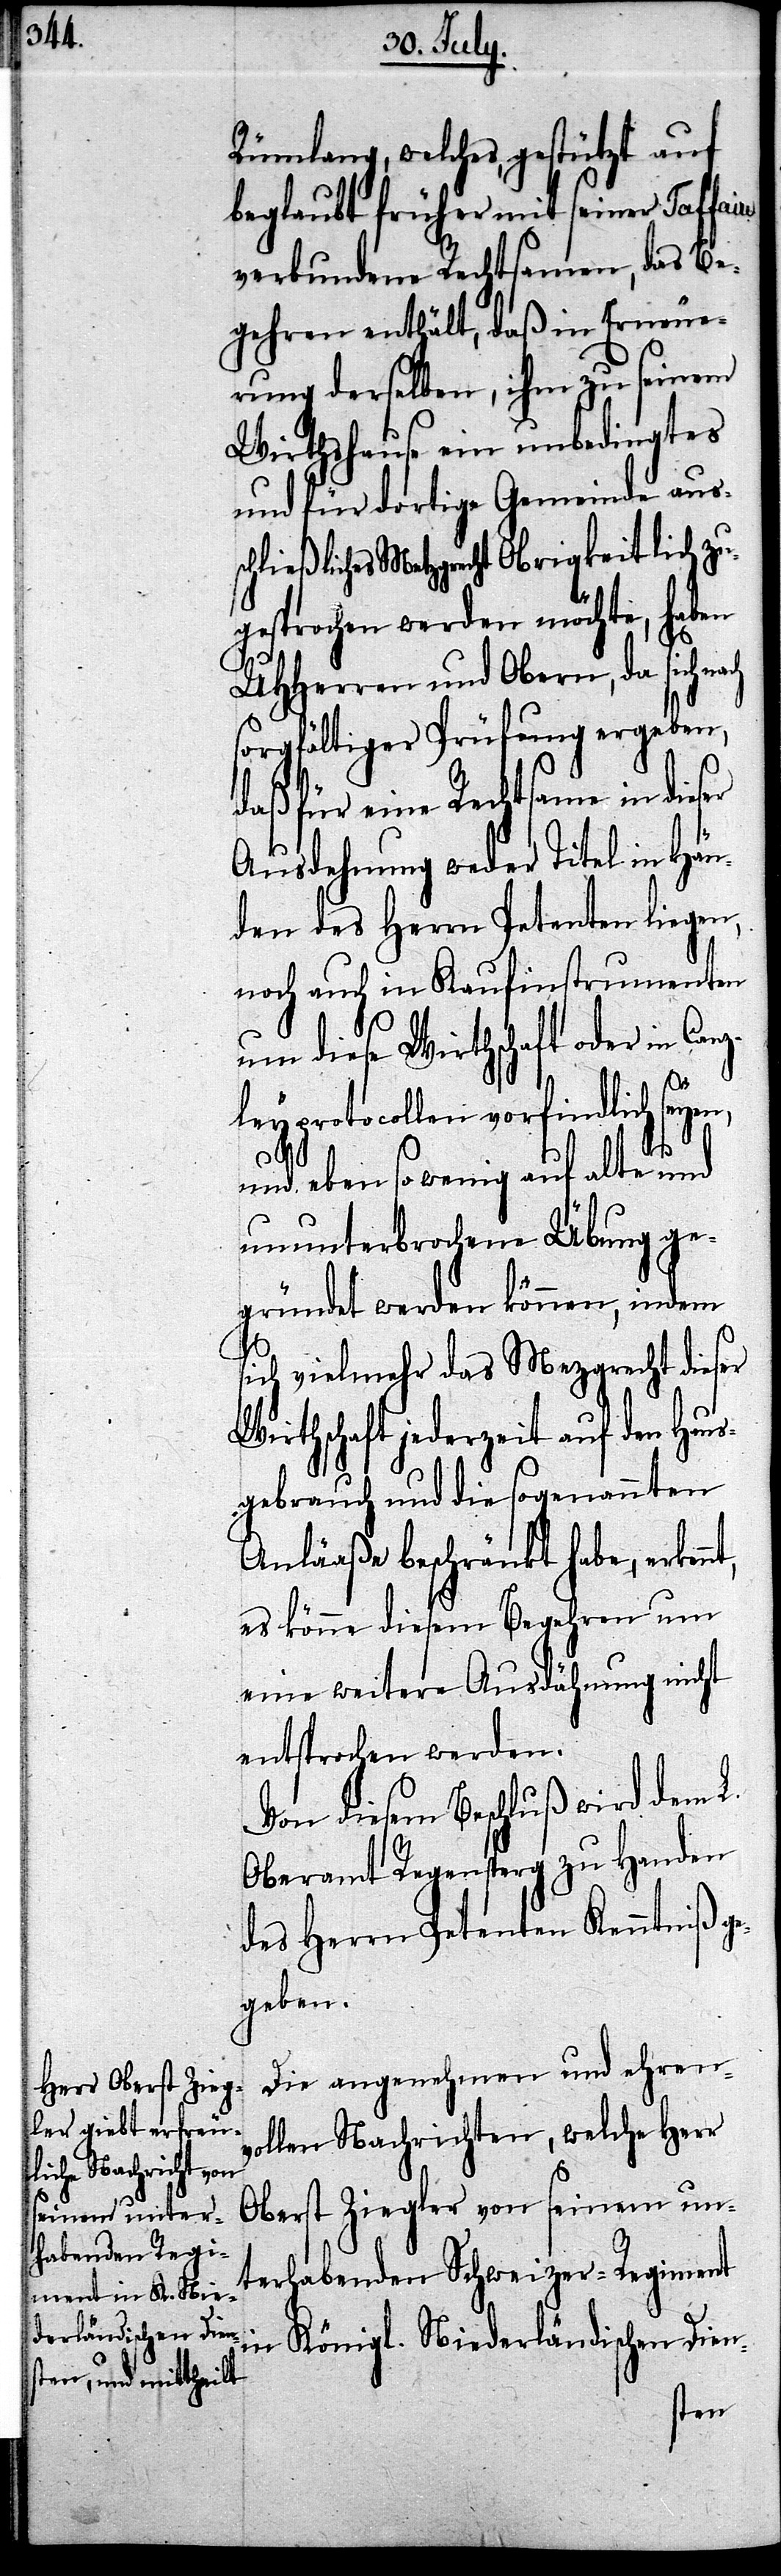
Rümlang, welches, gestützt auf
beglaubte früher mit seiner Taffai¬
verbundene Rechtsamen, das Be¬
gehren enthält, daß in Erneue¬
rung derselben, ihm zu seinem
Wirthshause ein unbedingtes
und für dortige Gemeinde auss¬
chließliches Metzgrecht Obrigkeitlich zu¬
gesprochen werden möchte, haben
UHHerren und Obern, da sich
sorgfältiger Prüfung ergeben,
daß für eine Rechtsame in dieser
Ausdehnung weder Titel in Hän¬
den des Herrn Petenten liegen,
noch auch in Kaufinstrumenten
um diese Wirthschaft oder Can¬
zleyprotocollen vorfindlich seyen,
nt,
und eben so wenig auf alte und
ununterbrochene Übung ge¬
gründet werden können, indem
sich vielmehr das Mezgrecht dieser
Wirthschaft jederzeit auf den Haus¬
gebrauch und die sogenannten
Anläße beschränkt habe, erken¬
es könne diesem Begehren um
eine weitere Ausdähnung nicht
entsprochen werden.
Von diesem Beschluß wird dem L.
Oberamt Regensperg zu Handen
des Herrn Petenten Kenntniß ge¬
geben.
Die angenehmen und ehrenv¬
ollen Nachrichten, welche Herr
Oberst Ziegler von seinem un¬
terhabenden Schweizer-Regiment
Königl. Niederländischen Dien-